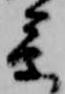
参